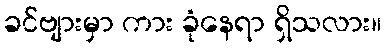
ခင်ဗျားမှာ ကား ခုံနေရာ ရှိသလား။